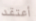
أعتقد